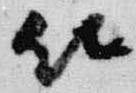
以